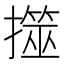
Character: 𢶅